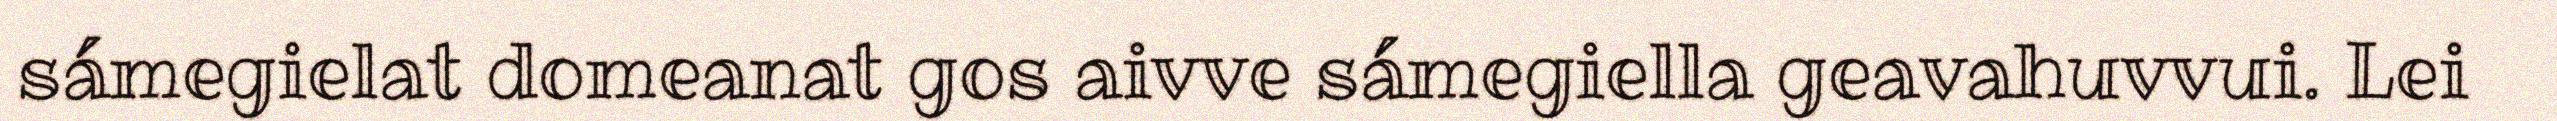
sámegielat domeanat gos aivve sámegiella geavahuvvui. Lei